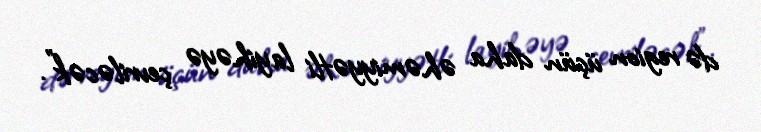
də region üçün daha əhəmiyyətli layihəyə çevriləcək”.